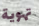
تهوية